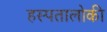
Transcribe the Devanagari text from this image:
हस्पतालोकी